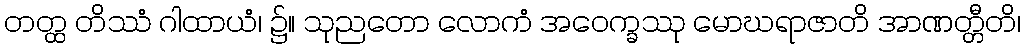
တတ္ထ တိဿံ ဂါထာယံ၊ ၌။ သုညတော လောကံ အဝေက္ခဿု မောဃရာဇာတိ အာဏတ္တီတိ၊